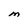
Character: M